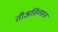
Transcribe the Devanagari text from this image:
तीअतिव्यस्त